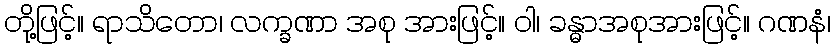
တို့ဖြင့်။ ရာသိတော၊ လက္ခဏာ အစု အားဖြင့်။ ဝါ၊ ခန္ဓာအစုအားဖြင့်။ ဂဏနံ၊